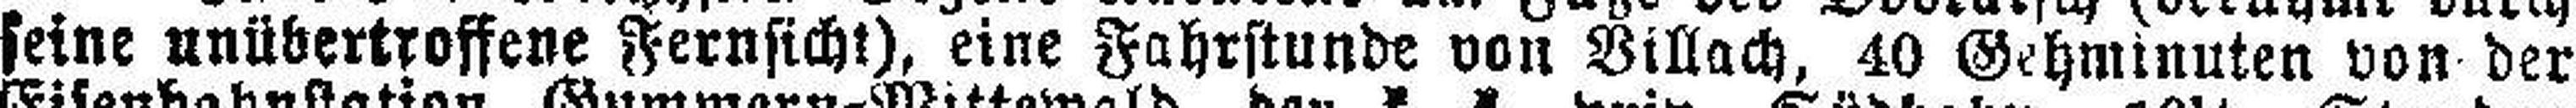
seine unübertroffene Fernsicht), eine Fahrstunde von Villach, 40 Gehminuten von der